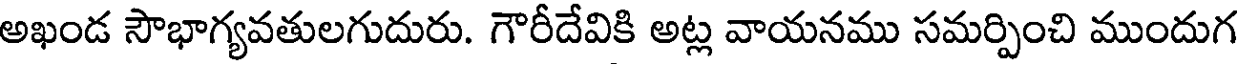
అఖండ సౌభాగ్యవతులగుదురు. గౌరీదేవికి అట్ల వాయనము సమర్పించి ముందుగ